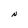
Character: N